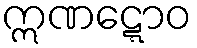
ဣဏဋ္ဋောဝ